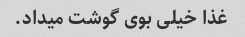
غذا خیلی بوی گوشت میداد.